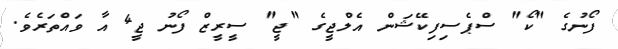
ފޯނުގެ "ކޯ" ސްޕެސިފިކޭޝަން އެލްޖީގެ "ޖީ" ސީރީޒް ފޯނު ޖީ4 އާ ވައްތަރެވެ.